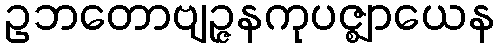
ဥဘတောဗျဉ္ဇနကုပဇ္ဈာယေန